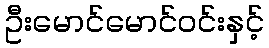
ဦးမောင်မောင်ဝင်းနှင့်